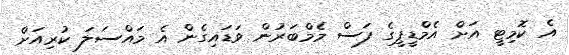
އެ ކޮމިޓީ އަށް އެމްޑީޕީގެ ފަސް މެމްބަރުން ވަޑައިގެން އެ މައްސަލަ ކުރިއަށް